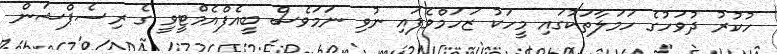
ހުކުރު ދުވަހުގެ ހަމަލާތަކުގައި މީހަކު ޒަހަމްވެފައި ނުވި ނަމަވެސް ބީއެފްއެމްޓީވީ ގެ ރިސެޕްޝަން